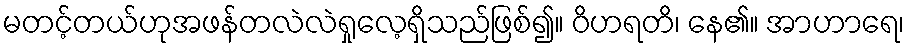
မတင့်တယ်ဟုအဖန်တလဲလဲရှုလေ့ရှိသည်ဖြစ်၍။ ဝိဟရတိ၊ နေ၏။ အာဟာရေ၊